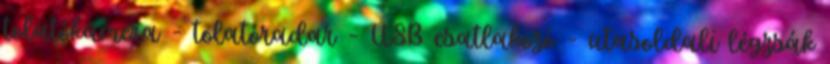
tolatókamera – tolatóradar – USB csatlakozó – utasoldali légzsák